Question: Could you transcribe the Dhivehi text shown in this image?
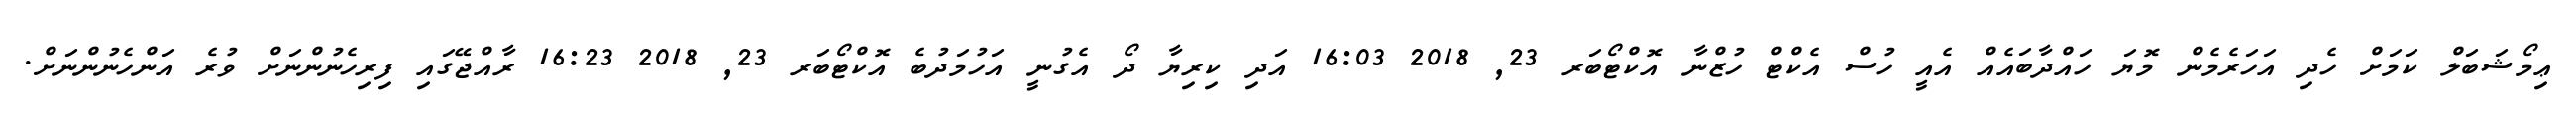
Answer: ޢިމޯޝަބަލް ކަމަށް ހެދި އަހަރެމެން މޮޔަ ހައްދާބައެއް އެއީ ހުސް އެކްޓް ހުޒްނާ އޮކްޓޯބަރ 23, 2018 16:03 އަދި ކިރިޔާ ދޯ އެގުނީ އަހުމަދުބެ އޮކްޓޯބަރ 23, 2018 16:23 ރާއްޖޭގައި ފިރިހެނުންނަށް ވުރެ އަންހެނުންނަށް.